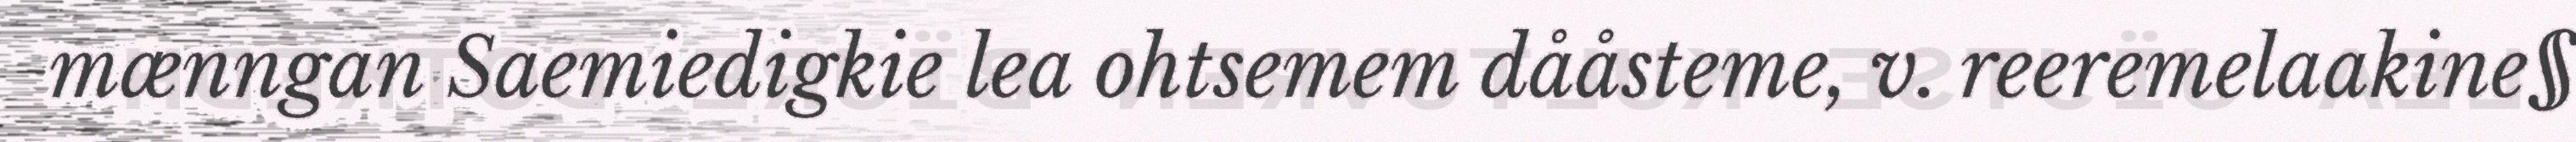
mænngan Saemiedigkie lea ohtsemem dååsteme, v. reeremelaakine§